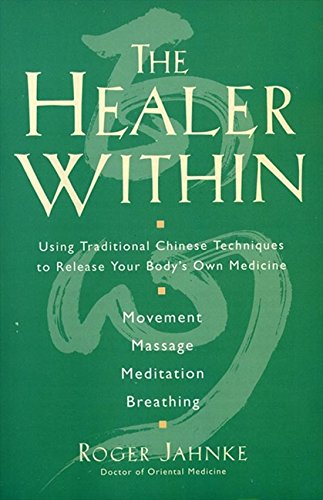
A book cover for The Healer Within: Using Traditional Chinese Techniques To Release Your Body's Own Medicine, Movement, Massage, Meditation, Breathing; Roger Jahnke; Health, Fitness & Dieting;